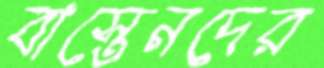
বাস্তেনদের